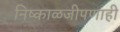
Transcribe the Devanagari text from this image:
निष्काळजीपणाही